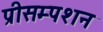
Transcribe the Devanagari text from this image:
प्रीसम्पशन